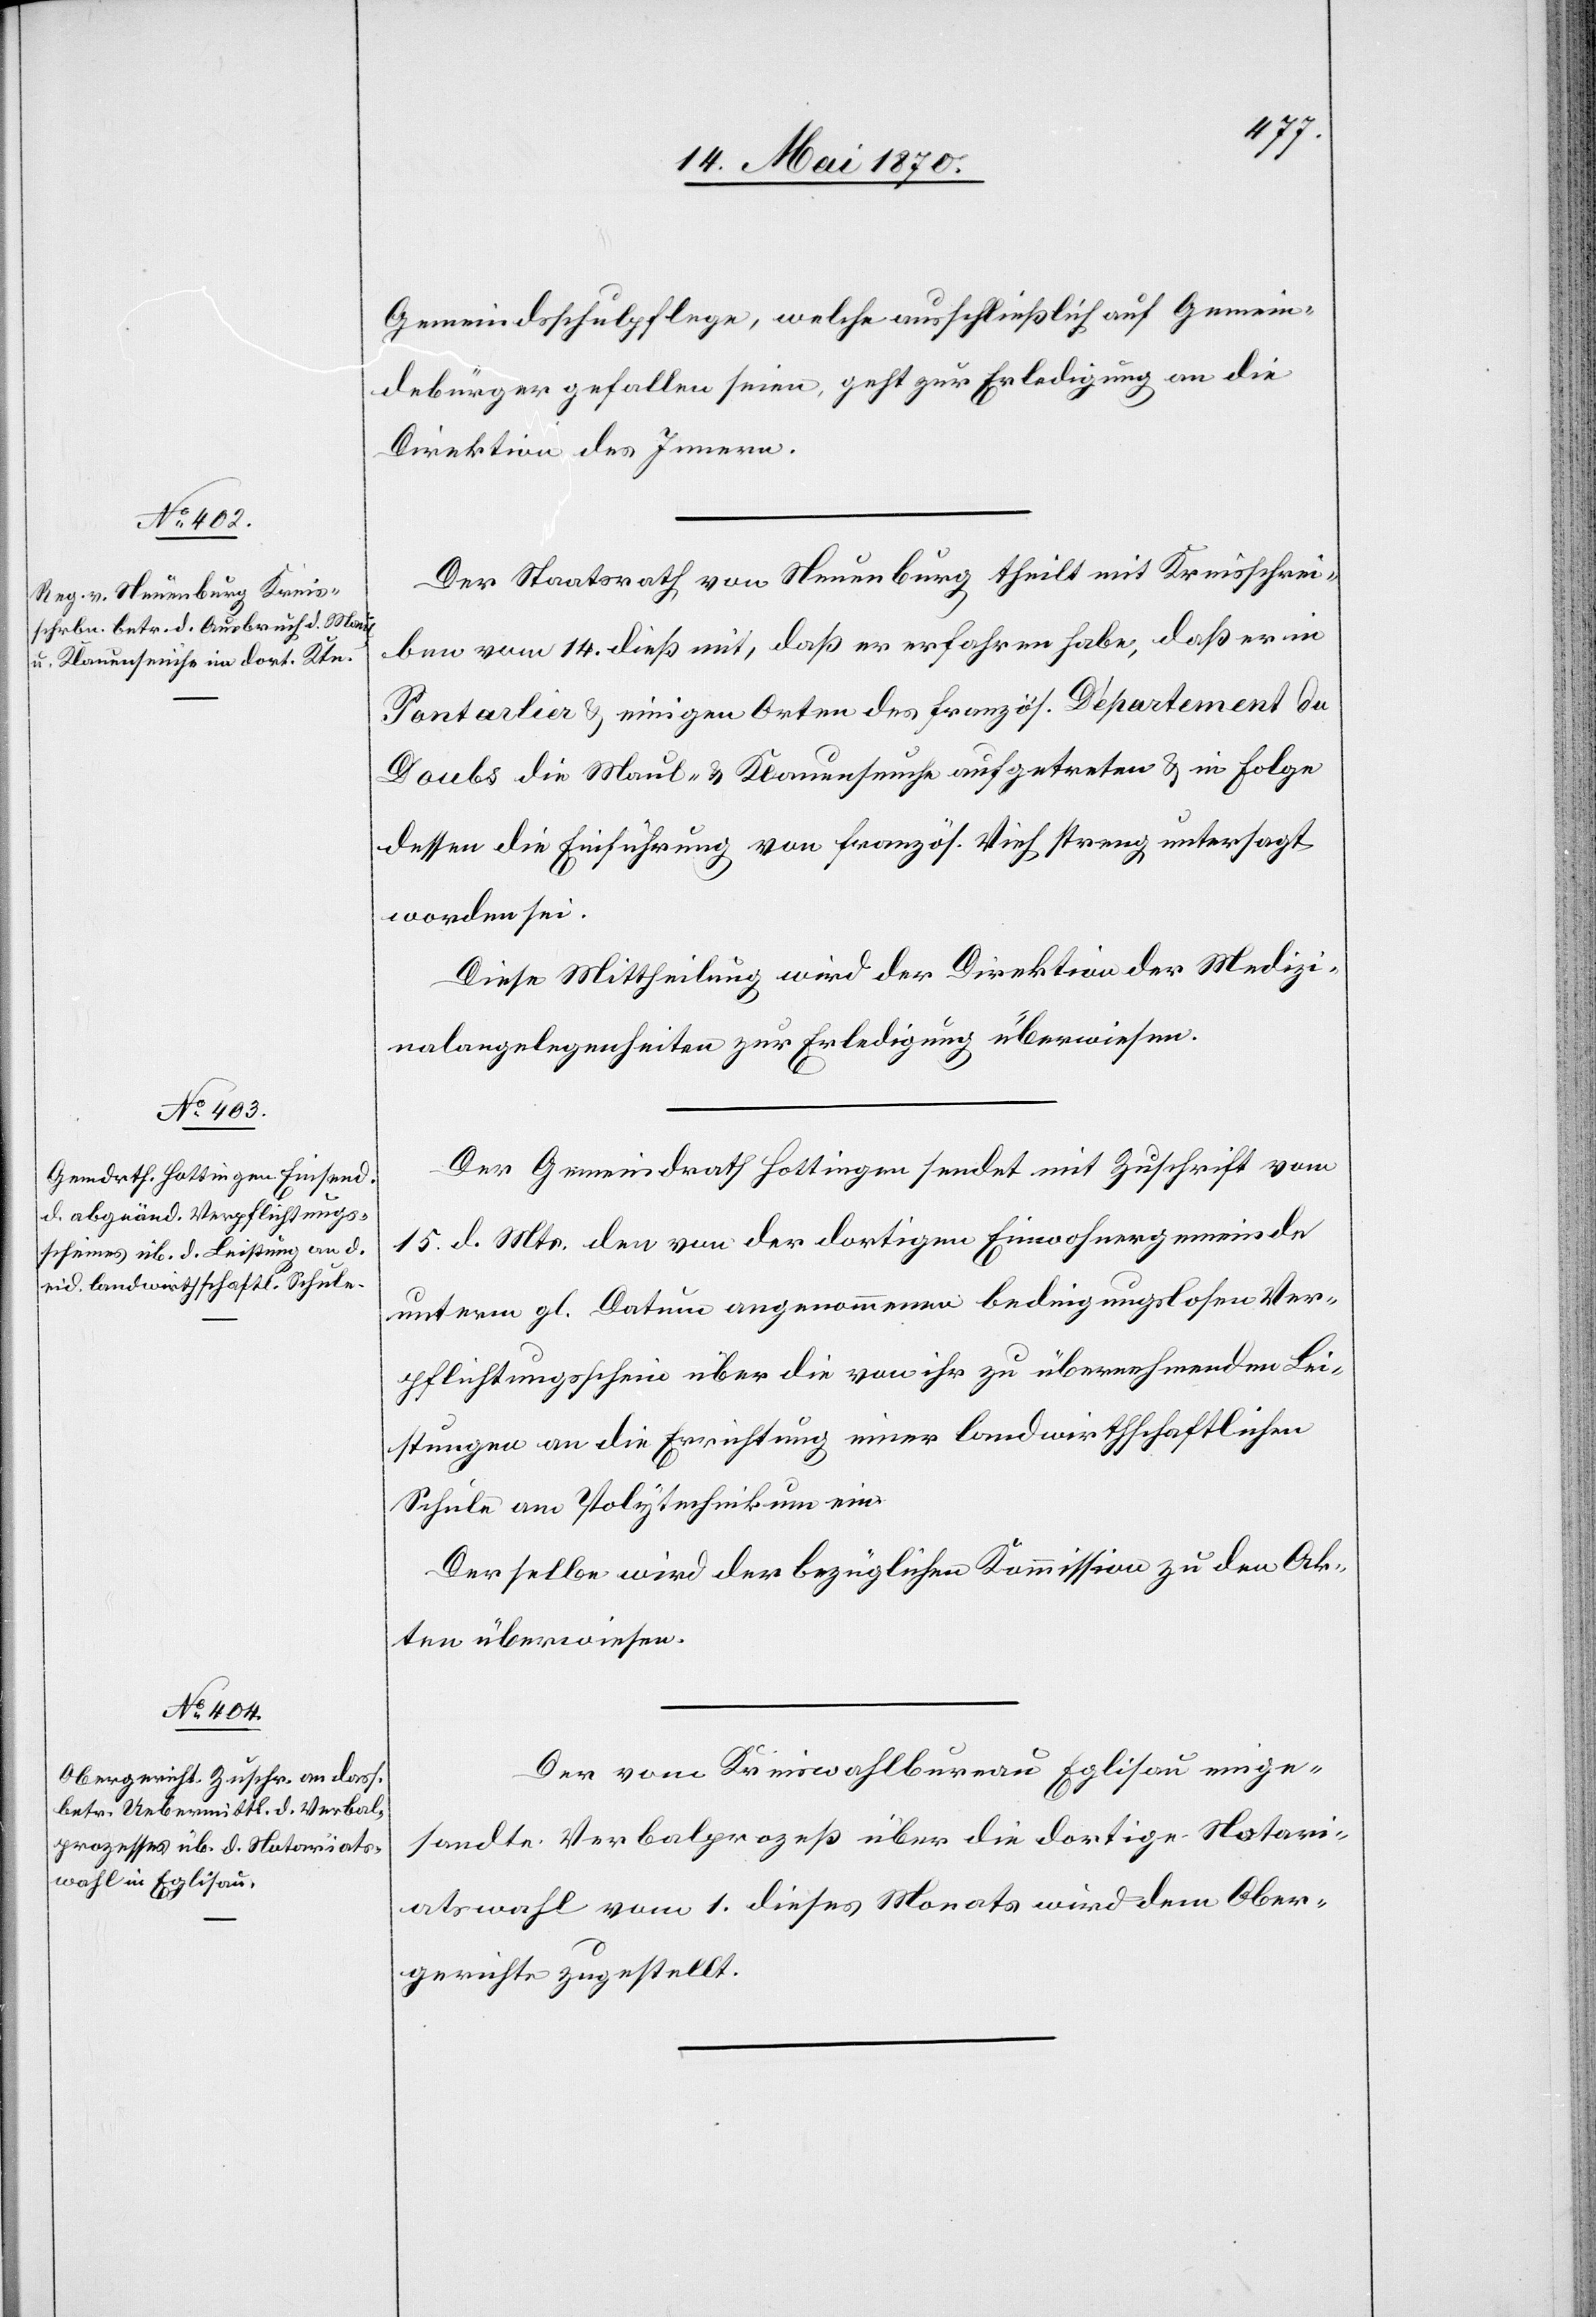
17. Mai 1870.]
Gemeindsschulpflege, welche ausschließlich auf Gemein¬
debürger gefallen seien, geht zur Erledigung an die
Direktion des Innern.
Der Staatsrath von Neuenburg theilt mit Kreisschrei¬
ben vom 14. dieß mit, daß er erfahren habe, daß er
Pontarlier & einigen Orten des französ. Département du
Doubs die Maul- & Klauenseuche aufgetreten & in Folge
dessen die Einführung von französ. Vieh streng untersagt
worden sei.
Diese Mittheilung wird der Direktion der Medizi¬
nalangelegenheiten zur Erledigung überwiesen.
Der Gemeindrath Hottingen sendet mit Zuschrift vom
15. d. Mts. den von der dortigen Einwohnergemeinde
unterm gl. Datum angenommene bedingungslosen Ver¬
pflichtungsschein über die von ihr zu übernehmenden Lei¬
stungen an die Errichtung einer landwirthschaftlichen
Schule am Polytechnikum ein.
Derselbe wird der bezüglichen Kommission zu den Ak¬
ten überwiesen.
Der vom Kreiswahlbureau Eglisau einge¬
sandte Verbalprozeß über die dortige Notari¬
atswahl vom 1. dieses Monats wird dem Ober¬
gerichte zugestellt.